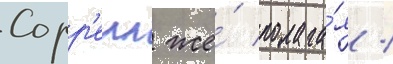
Сорр'елл же́ полага́я /